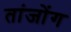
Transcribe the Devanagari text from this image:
तांजोंग